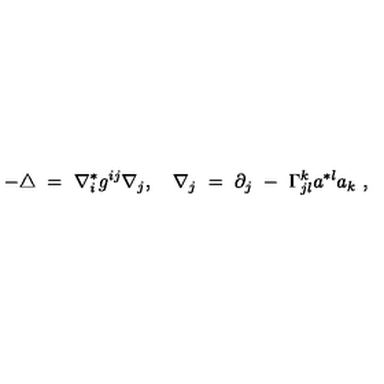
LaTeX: - \triangle \ = \ \nabla _ { i } ^ { * } g ^ { i j } \nabla _ { j } , \quad \nabla _ { j } \ = \ \partial _ { j } \ - \ \Gamma _ { j l } ^ { k } a ^ { * l } a _ { k } \ ,